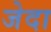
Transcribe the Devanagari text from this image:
जेदा